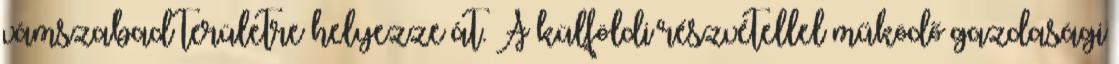
vámszabad területre helyezze át. A külföldi részvétellel működő gazdasági